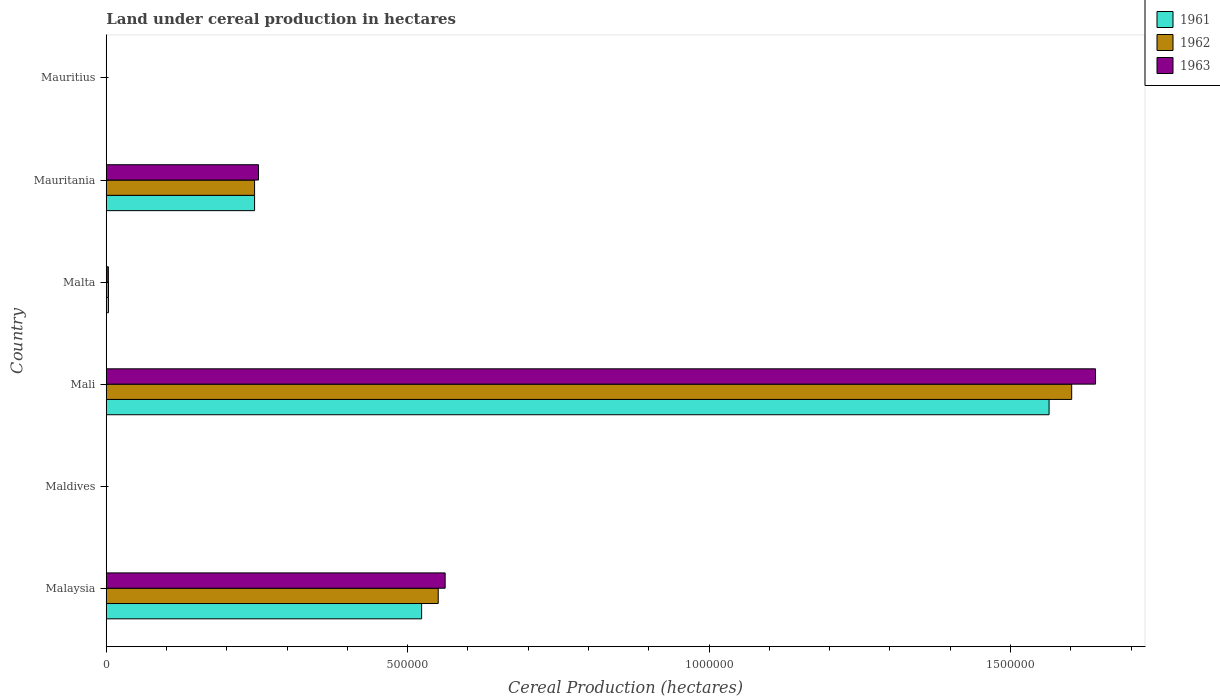
| Country | 1961 | 1962 | 1963 |
 | --- | --- | --- | --- |
 | Malaysia | 5.23e+05 | 5.51e+05 | 5.62e+05 |
 | Maldives | 179 | 240 | 292 |
 | Mali | 1.56e+06 | 1.6e+06 | 1.64e+06 |
 | Malta | 3.65e+03 | 3.7e+03 | 3.51e+03 |
 | Mauritania | 2.46e+05 | 2.46e+05 | 2.53e+05 |
 | Mauritius | 119 | 114 | 114 |